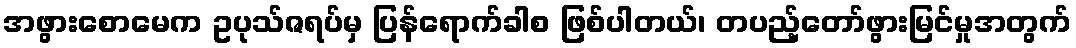
အဖွားစောမေက ဥပုသ်ဇရပ်မှ ပြန်ရောက်ခါစ ဖြစ်ပါတယ်၊ တပည့်တော်ဖွားမြင်မှုအတွက်